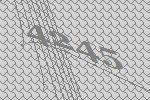
4245